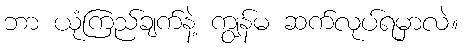
ဘာ ယုံကြည်ချက်နဲ့ ကျွန်မ ဆက်လုပ်ရမှာလဲ။